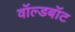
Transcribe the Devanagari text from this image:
वॉल्डबॉट